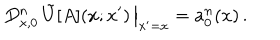
LaTeX: \left. D _ { x , 0 } ^ { n } \, \tilde { U } [ A ] ( x ; x ^ { \prime } ) \, \right\vert _ { x ^ { \prime } = x } = a _ { 0 } ^ { n } ( x ) \, .